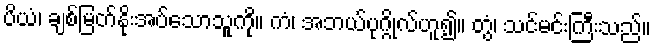
ပိယံ၊ ချစ်မြတ်နိုးအပ်သောသူကို။ ကံ၊ အဘယ်ပုဂ္ဂိုလ်ဟူ၍။ တွံ၊ သင်မင်းကြီးသည်။